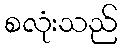
စလုံးသည်